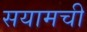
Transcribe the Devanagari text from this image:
सयामची